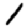
Digit: 1